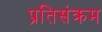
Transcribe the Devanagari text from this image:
प्रतिसंक्रम